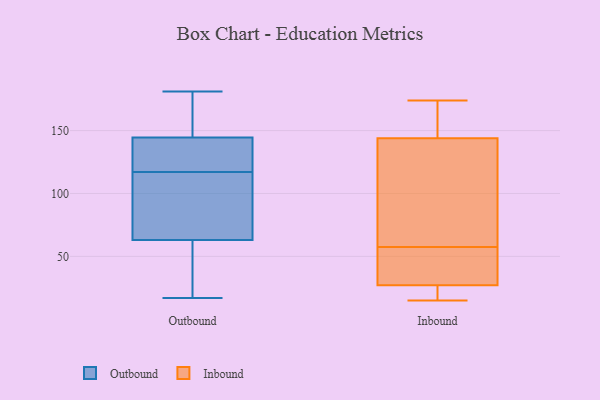
{"axis": {"x": "Operating Costs (USD K)", "y": "Value"}, "legend": ["Inbound", "Outbound"], "data": [{"x": "", "y": 57, "type": "Outbound"}, {"x": "", "y": 17, "type": "Outbound"}, {"x": "", "y": 148, "type": "Outbound"}, {"x": "", "y": 118, "type": "Outbound"}, {"x": "", "y": 78, "type": "Outbound"}, {"x": "", "y": 117, "type": "Outbound"}, {"x": "", "y": 151, "type": "Outbound"}, {"x": "", "y": 58, "type": "Outbound"}, {"x": "", "y": 181, "type": "Outbound"}, {"x": "", "y": 134, "type": "Outbound"}, {"x": "", "y": 90, "type": "Outbound"}, {"x": "", "y": 18, "type": "Inbound"}, {"x": "", "y": 148, "type": "Inbound"}, {"x": "", "y": 15, "type": "Inbound"}, {"x": "", "y": 144, "type": "Inbound"}, {"x": "", "y": 27, "type": "Inbound"}, {"x": "", "y": 73, "type": "Inbound"}, {"x": "", "y": 25, "type": "Inbound"}, {"x": "", "y": 79, "type": "Inbound"}, {"x": "", "y": 56, "type": "Inbound"}, {"x": "", "y": 58, "type": "Inbound"}, {"x": "", "y": 38, "type": "Inbound"}, {"x": "", "y": 174, "type": "Inbound"}, {"x": "", "y": 40, "type": "Inbound"}, {"x": "", "y": 164, "type": "Inbound"}, {"x": "", "y": 130, "type": "Inbound"}, {"x": "", "y": 168, "type": "Inbound"}, {"x": "", "y": 19, "type": "Inbound"}, {"x": "", "y": 57, "type": "Inbound"}]}